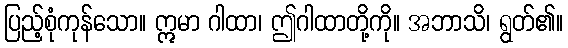
ပြည့်စုံကုန်သော။ ဣမာ ဂါထာ၊ ဤဂါထာတို့ကို။ အဘာသိ၊ ရွတ်၏။